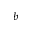
^ { b }